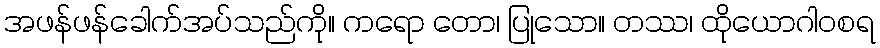
အဖန်ဖန်ခေါက်အပ်သည်ကို။ ကရော တော၊ ပြုသော။ တဿ၊ ထိုယောဂါဝစရ